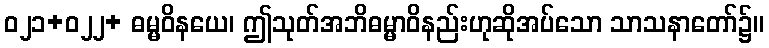
ဝ၂၁+၀၂၂+ ဓမ္မဝိနယေ၊ ဤသုတ်အဘိဓမ္မာဝိနည်းဟုဆိုအပ်သော သာသနာတော်၌။